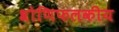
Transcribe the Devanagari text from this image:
श्रोणिफलकीय